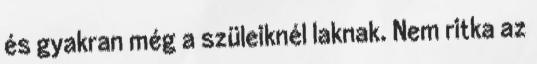
és gyakran még a szüleiknél laknak. Nem ritka az